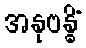
အနုဗန္ဓိံ